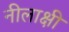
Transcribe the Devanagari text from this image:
नीलाक्षी